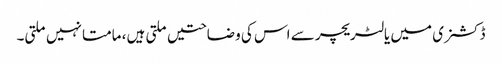
ڈکشنری میں یا لٹریچر سے اس کی وضاحتیں ملتی ہیں، مامتا نہیں ملتی۔